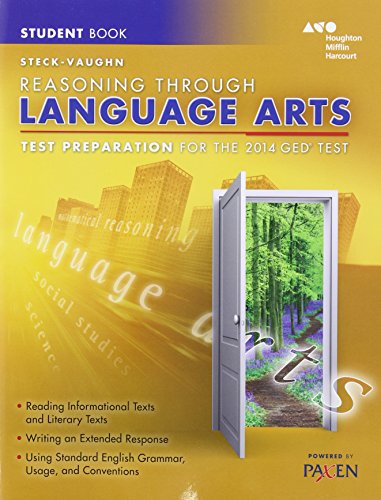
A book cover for Steck-Vaughn GED: Test Preparation Student Edition Reasoning Through Language Arts 2014; STECK-VAUGHN; Test Preparation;